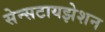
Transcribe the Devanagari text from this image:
सेन्सटायझेशन